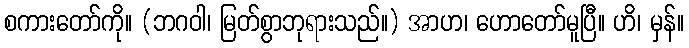
စကားတော်ကို။ (ဘဂဝါ၊ မြတ်စွာဘုရားသည်။) အာဟ၊ ဟောတော်မူပြီ။ ဟိ၊ မှန်။